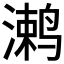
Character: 𱊞